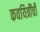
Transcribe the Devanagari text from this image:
कवयित्रींची